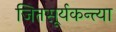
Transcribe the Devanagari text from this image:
जितसूर्यकन्त्या